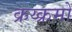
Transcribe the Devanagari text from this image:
क्रय्क्रमों